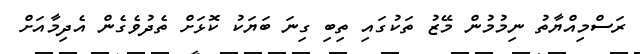
ރަސްމިއްޔާތު ނިމުމުން މޭޒު ތަކުގައި ތިބި ގިނަ ބަޔަކު ކޮޅަށް ތެދުވެގެން އެދިމާއަށް